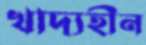
খাদ্যহীন